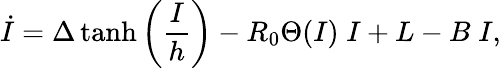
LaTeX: \dot{I}=\Delta\operatorname{tanh}\left(\frac{I}{h}\right)-R_{0}\Theta(I)\; I+L-B\; I,